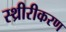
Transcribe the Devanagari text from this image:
स्थ्रीरीकरण